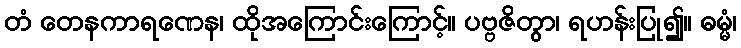
တံ တေနကာရဏေန၊ ထိုအကြောင်းကြောင့်။ ပဗ္ဗဇိတွာ၊ ရဟန်းပြု၍။ ဓမ္မံ၊